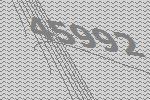
45992